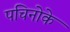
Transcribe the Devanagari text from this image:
पचिनोके